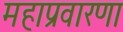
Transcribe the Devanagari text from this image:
महाप्रवारणा